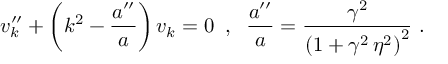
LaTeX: v _ { k } ^ { \prime \prime } + \left( k ^ { 2 } - \frac { a ^ { \prime \prime } } { a } \right) v _ { k } = 0 \; \; , \; \; \frac { a ^ { \prime \prime } } { a } = \frac { \gamma ^ { 2 } } { \left( 1 + \gamma ^ { 2 } \, \eta ^ { 2 } \right) ^ { 2 } } \, \, .